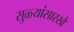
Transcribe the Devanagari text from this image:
सुळ्यांसारखे